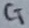
Text: CT